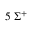
5 \: \Sigma ^ { + }